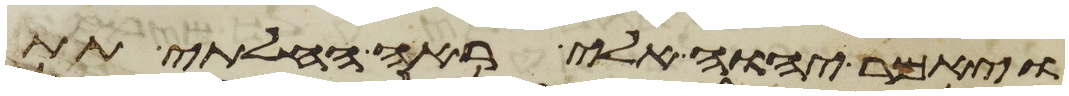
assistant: ויאמר יהוה אלי ראה החלתי תת